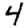
Digit: 4